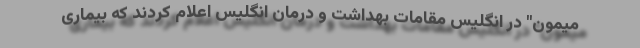
میمون" در انگلیس مقامات بهداشت و درمان انگلیس اعلام کردند که بیماری